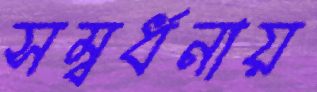
সম্বর্ধনায়